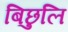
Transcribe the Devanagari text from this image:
बिछुलि